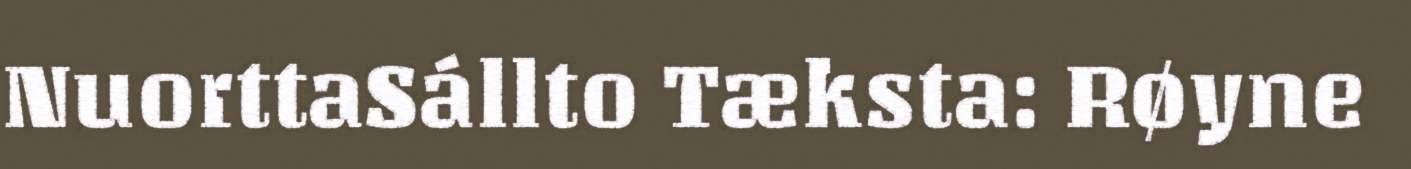
NuorttaSállto Tæksta: Røyne